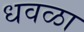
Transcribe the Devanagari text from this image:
धवळा